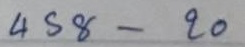
458 - 20